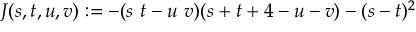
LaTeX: J ( s , t , u , v ) : = - ( s ~ t - u ~ v ) ( s + t + 4 - u - v ) - ( s - t ) ^ { 2 } \,